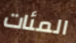
المئات